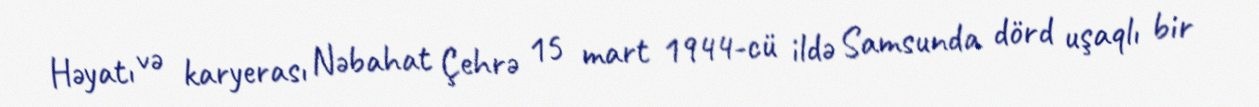
Həyatı və karyerası Nəbahat Çehrə 15 mart 1944-cü ildə Samsunda dörd uşaqlı bir